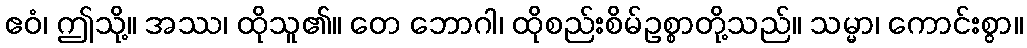
ဧဝံ၊ ဤသို့။ အဿ၊ ထိုသူ၏။ တေ ဘောဂါ၊ ထိုစည်းစိမ်ဥစ္စာတို့သည်။ သမ္မာ၊ ကောင်းစွာ။